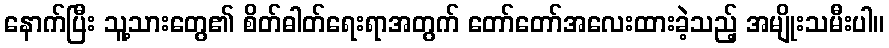
နောက်ပြီး သူ့သားတွေ၏ စိတ်ဓါတ်ရေးရာအတွက် တော်တော်အလေးထားခဲ့သည့် အမျိုးသမီးပါ။